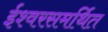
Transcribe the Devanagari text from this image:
ईश्वरसमर्थित